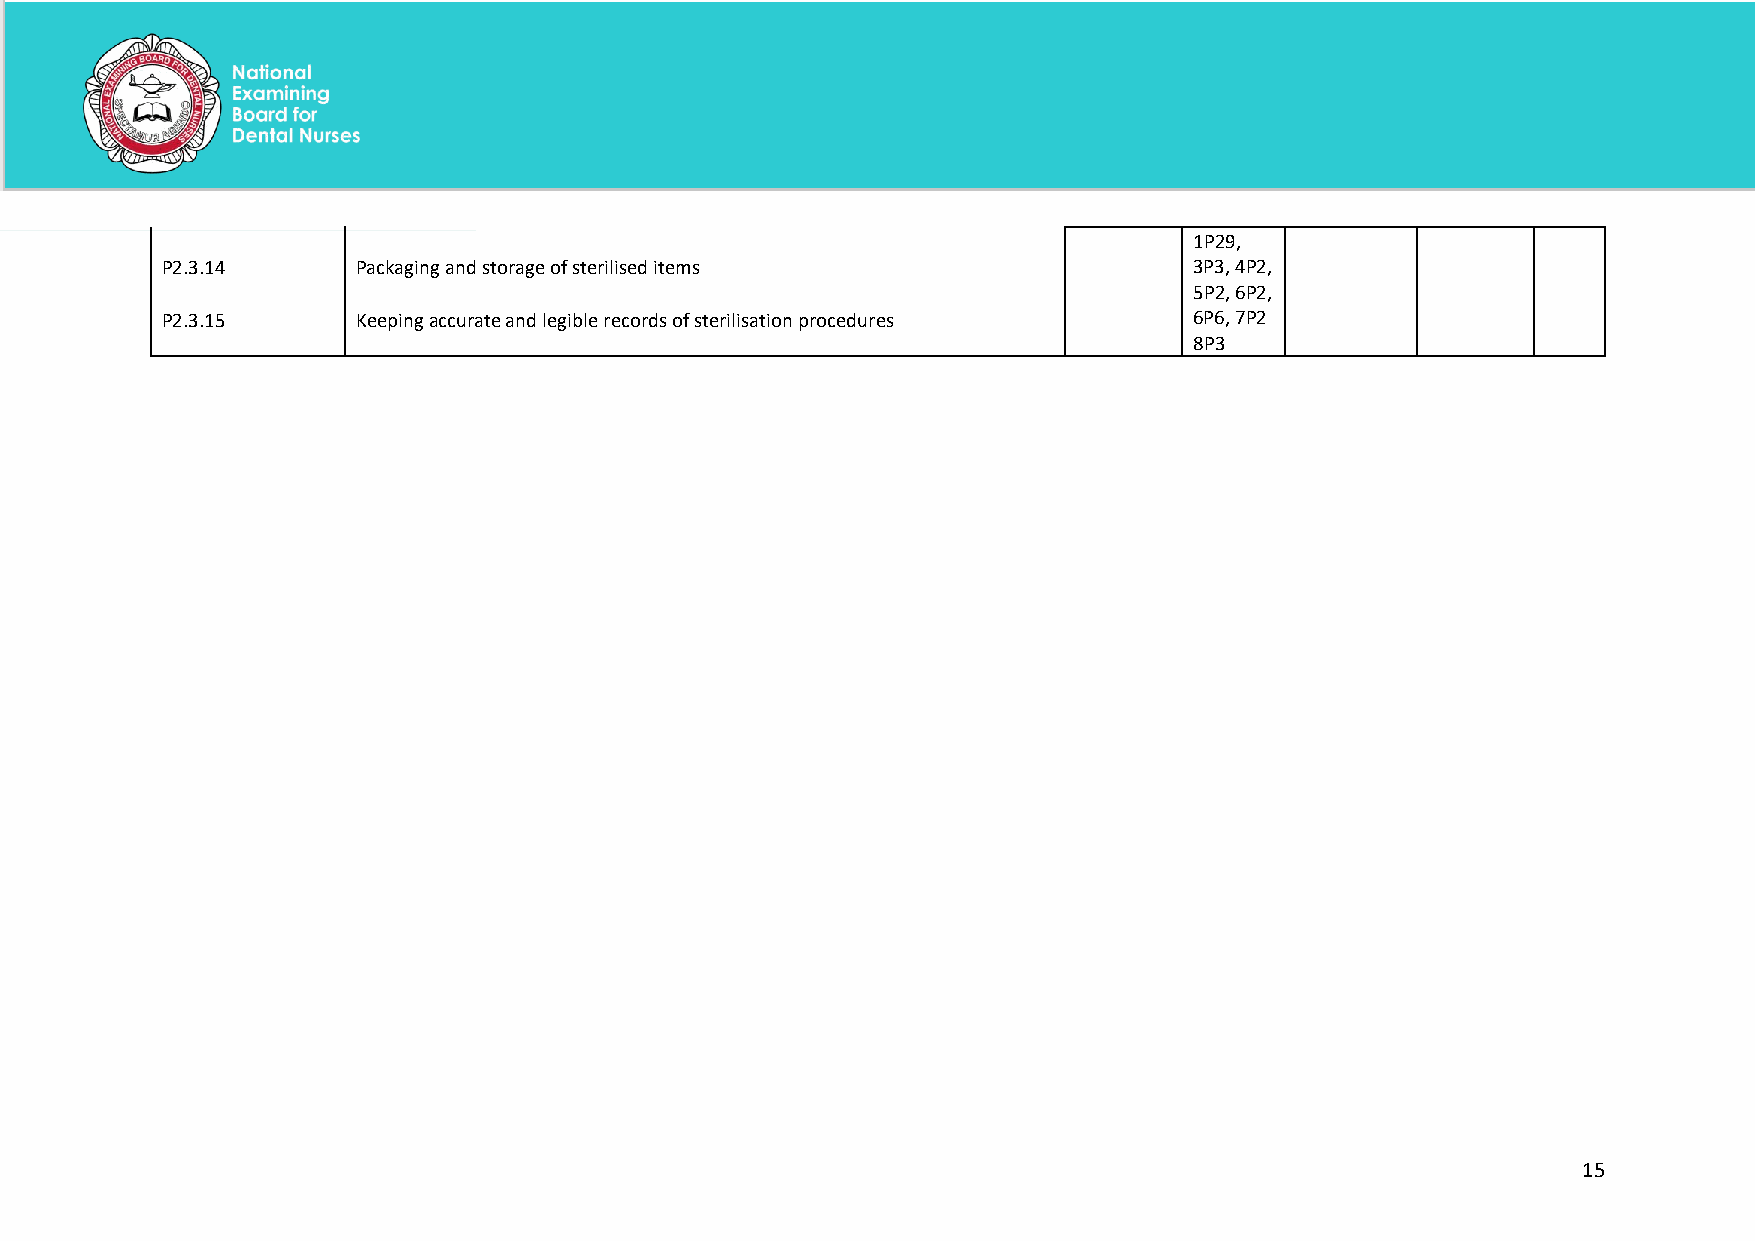
1P29,
 P2.3.14      Packaging and storage of sterilised items              3P3, 4P2,
 5P2, 6P2,
 P2.3.15      Keeping accurate and legible records of sterilisation procedures 6P6, 7P2
 8P3
 15
 National Examining Board for Dental Nurses